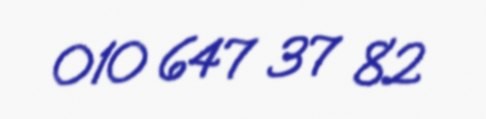
010 647 37 82